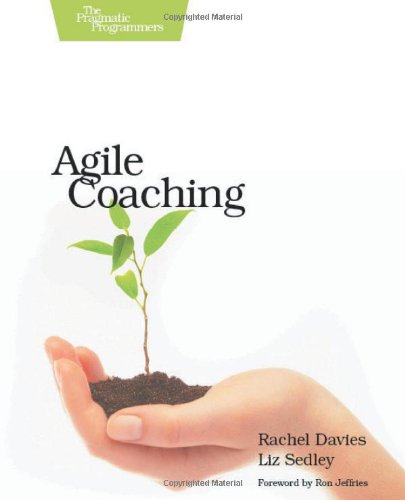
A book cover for Agile Coaching; Rachel Davies; Business & Money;